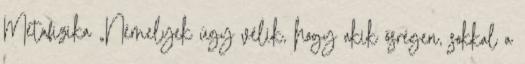
Metafizika „Némelyek úgy vélik, hogy akik ősrégen, sokkal a